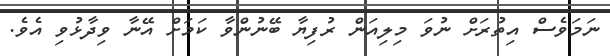
ނަމަވެސް އިތުރަށް ނުވަ މިލިއަން ރުފިޔާ ބޭނުންވާ ކަމަށް އޭނާ ވިދާޅުވި އެވެ.